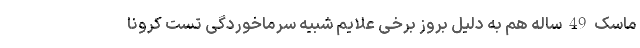
ماسک 49 ساله هم به دلیل بروز برخی علایم شبیه سرماخوردگی تست کرونا